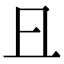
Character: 𠀇